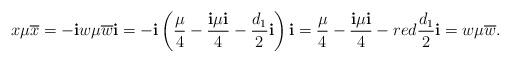
LaTeX: \begin{align*}&x\mu \overline{x}=-{\bf i}w\mu \overline{w}{\bf i}=-{\bf i}\left(\frac{\mu}{4}-\frac{{\bf i}\mu{\bf i}}{4}-{\frac{d_{1}}{2}}{\bf i}\right){\bf i}=\frac{\mu}{4}-\frac{{\bf i}\mu{\bf i}}{4}-{{red} \frac{d_{1}}{2}} {\bf i}=w\mu\overline{w}.\end{align*}